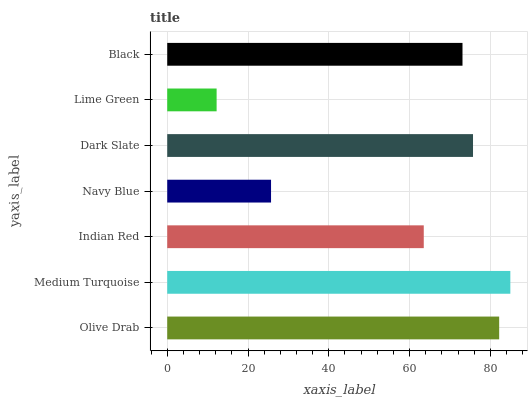
| yaxis_label | bars |
 | --- | --- |
 | Olive Drab | 82.2 |
 | Medium Turquoise | 84.9 |
 | Indian Red | 63.5 |
 | Navy Blue | 25.7 |
 | Dark Slate | 75.7 |
 | Lime Green | 12.2 |
 | Black | 73.1 |